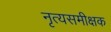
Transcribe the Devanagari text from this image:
नृत्यसमीक्षक